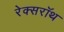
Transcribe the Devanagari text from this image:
रेक्सरॉथ